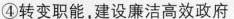
④转变职能，建设廉洁高效政府